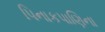
પિનાકપાણિના